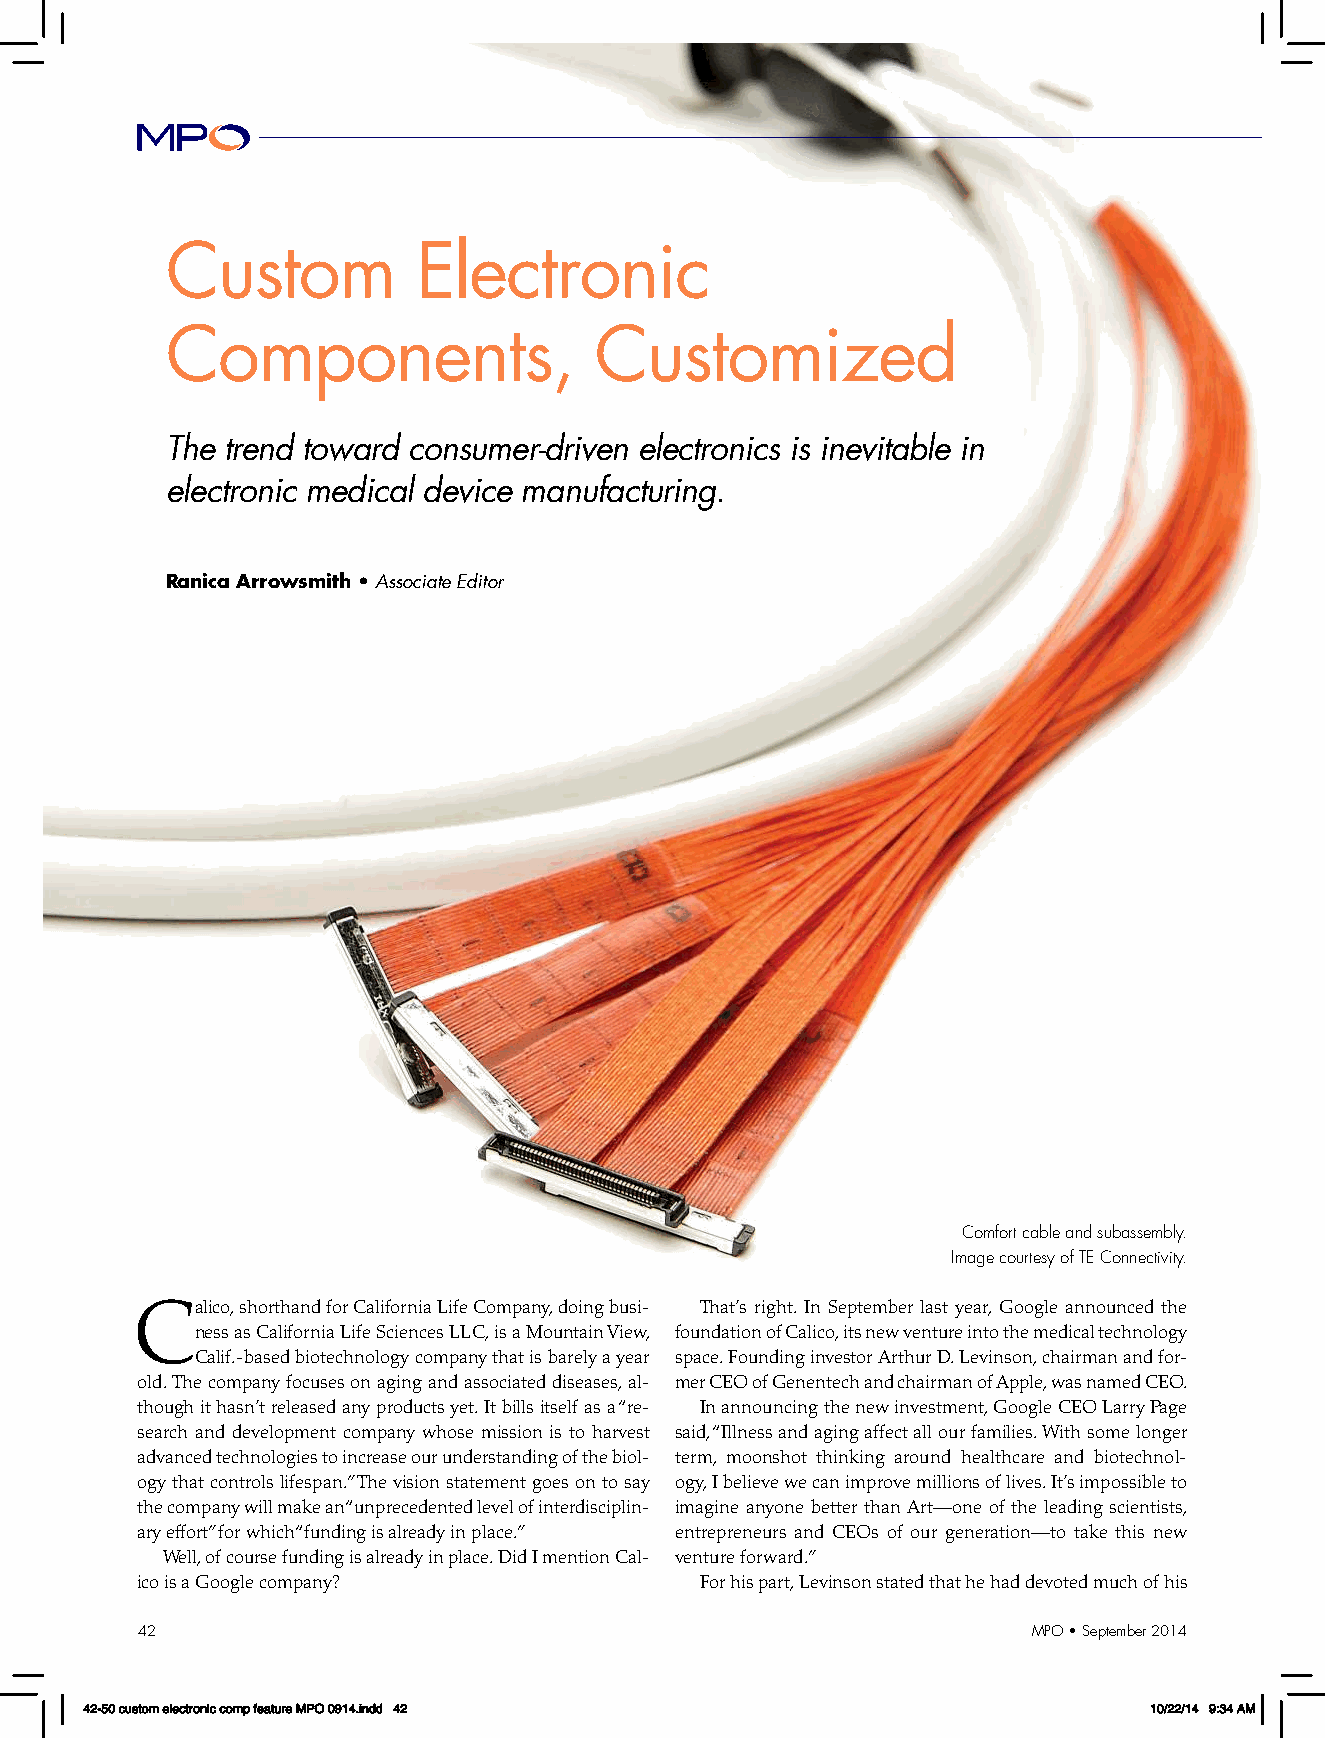
Custom           Electronic
 Components,                 Customized
 The trend toward consumer-driven electronics is inevitable in
 electronic medical device manufacturing.
 Ranica Arrowsmith • Associate Editor
 Comfort cable and subassembly.
 Image courtesy of TE Connectivity.
 Calico, shorthand for California Life Company, doing busi- That’s right. In September last year, Google announced the
 ness as California Life Sciences LLC, is a Mountain View, foundation of Calico, its new venture into the medical technology
 Calif.-based biotechnology company that is barely a year space. Founding investor Arthur D. Levinson, chairman and for-
 old. The company focuses on aging and associated diseases, al- mer CEO of Genentech and chairman of Apple, was named CEO.
 though it hasn’t released any products yet. It bills itself as a “re- In announcing the new investment, Google CEO Larry Page
 search and development company whose mission is to harvest said, “Illness and aging affect all our families. With some longer
 advanced technologies to increase our understanding of the biol- term, moonshot thinking around healthcare and biotechnol-
 ogy that controls lifespan.” The vision statement goes on to say ogy, I believe we can improve millions of lives. It’s impossible to
 the company will make an “unprecedented level of interdisciplin- imagine anyone better than Art—one of the leading scientists,
 ary effort” for which “funding is already in place.” entrepreneurs and CEOs of our generation—to take this new
 Well, of course funding is already in place. Did I mention Cal- venture forward.”
 ico is a Google company?             For his part, Levinson stated that he had devoted much of his
 42                                                         MPO • September 2014
 42-50 custom electronic comp feature MPO 0914.indd 42                 10/22/14 9:34 AM